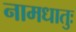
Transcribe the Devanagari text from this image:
नामधातुः